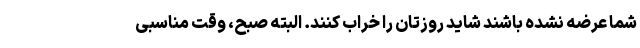
شما عرضه نشده باشند شاید روزتان را خراب کنند. البته صبح، وقت مناسبی